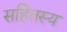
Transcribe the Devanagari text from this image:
सहितस्य